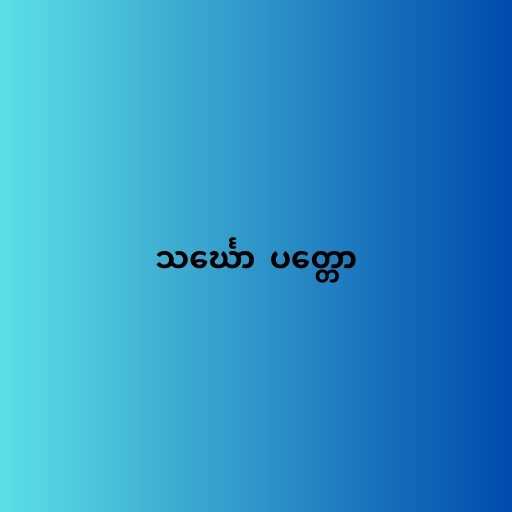
သင်္ဃော  ပတ္တော